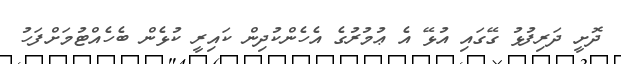
ދޮށީ ދަރިފުޅު ގޭގައި އުޅޭ އެ ޢުމުރުގެ އެހެންކުދިން ކައިރީ ކުޅެން ބެހެއްޓުމަށްފަހު